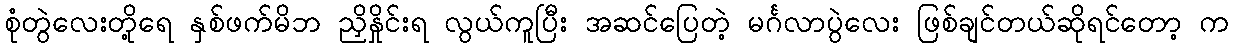
စုံတွဲလေးတို့ရေ နှစ်ဖက်မိဘ ညှိနှိုင်းရ လွယ်ကူပြီး အဆင်ပြေတဲ့ မင်္ဂလာပွဲလေး ဖြစ်ချင်တယ်ဆိုရင်တော့ က